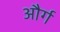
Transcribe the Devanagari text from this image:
और्ग